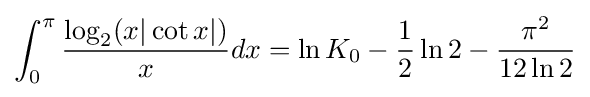
\int _{0}^{\pi }{\frac {\log _{2}(x|\cot x|)}{x}}dx=\ln K_{0}-{\frac {1}{2}}\ln 2-{\frac {\pi ^{2}}{12\ln 2}}